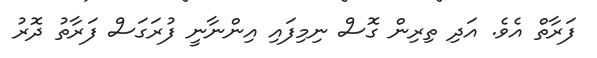
ފަރާތް އެވެ. އަދި ތިރިން ގޮސް ނިމިފައި އިންނާނީ ފުރަގަސް ފަރާތު ދޮރު